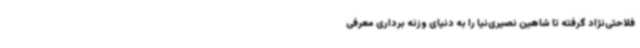
فلاحتی‌نژاد گرفته تا شاهین نصیری‌نیا را به دنیای وزنه برداری معرفی